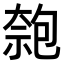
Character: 𠣼